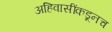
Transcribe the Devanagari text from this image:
अहिवासींकडूनच